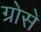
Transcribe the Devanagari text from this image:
ग्रोसे